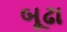
બૂઢા